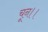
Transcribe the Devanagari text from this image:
चून।।